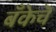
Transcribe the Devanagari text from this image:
बँकेचॆ